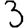
Digit: 3